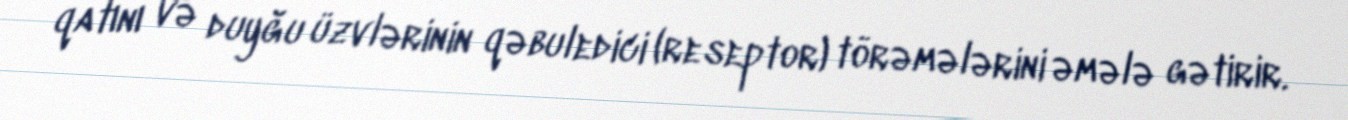
qatını və duyğu üzvlərinin qəbuledici (reseptor) törəmələrini əmələ gətirir.